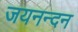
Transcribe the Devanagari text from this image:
जयनन्दन